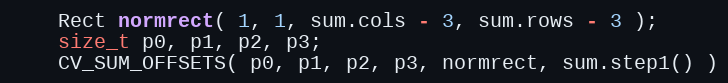
Language: C++
    Rect normrect( 1, 1, sum.cols - 3, sum.rows - 3 );
    size_t p0, p1, p2, p3;
    CV_SUM_OFFSETS( p0, p1, p2, p3, normrect, sum.step1() )